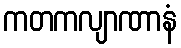
ကတကလျာဏာနံ